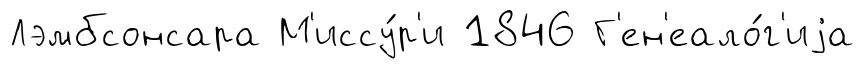
Лэмбсонсара М'иссу́р'и 1846 Г'ен'еало́г'иjа